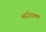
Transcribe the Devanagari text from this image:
भारोत्तलन